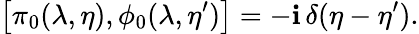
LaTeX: \left[\pi_{0}(\lambda,\eta),\phi_{0}(\lambda,\eta^{\prime})\right]=-\mathbf{i}\, \delta(\eta-\eta^{\prime}).